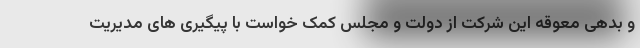
و بدهی معوقه این شرکت از دولت و مجلس کمک خواست با پیگیری های مدیریت